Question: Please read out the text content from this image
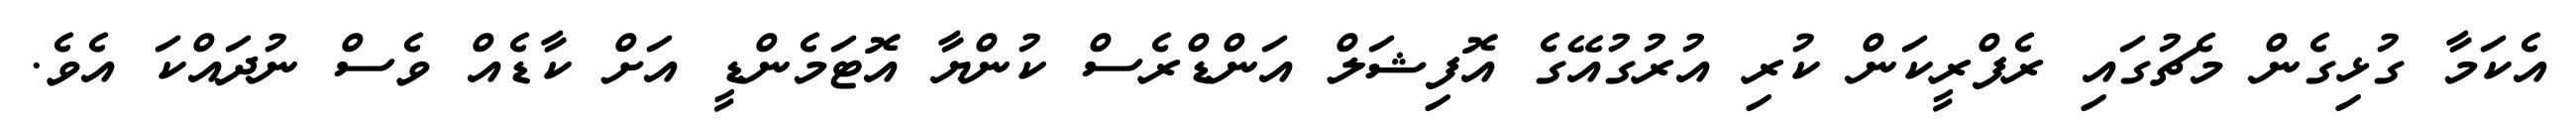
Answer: އެކަމާ ގުޅިގެން މެޗުގައި ރެފްރީކަން ކުރި އުރުގުއޭގެ އޮފިޝަލް އަންޑްރެސް ކުންޔާ އޮޓަމެންޑީ އަށް ކާޑެއް ވެސް ނުދައްކަ އެވެ.